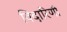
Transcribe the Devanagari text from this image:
विदारिणी